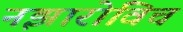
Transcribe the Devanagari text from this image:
नझारोविच